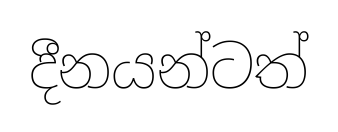
දීනයන්ටත්